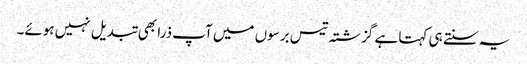
یہ سنتے ہی کہتا ہے گزشتہ تیس برسوں میں آپ ذرا بھی تبدیل نہیں ہوئے۔